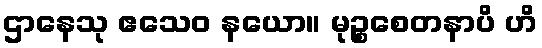
ဌာနေသု ဧသေဝ နယော။ မုဉ္စစေတနာပိ ဟိ